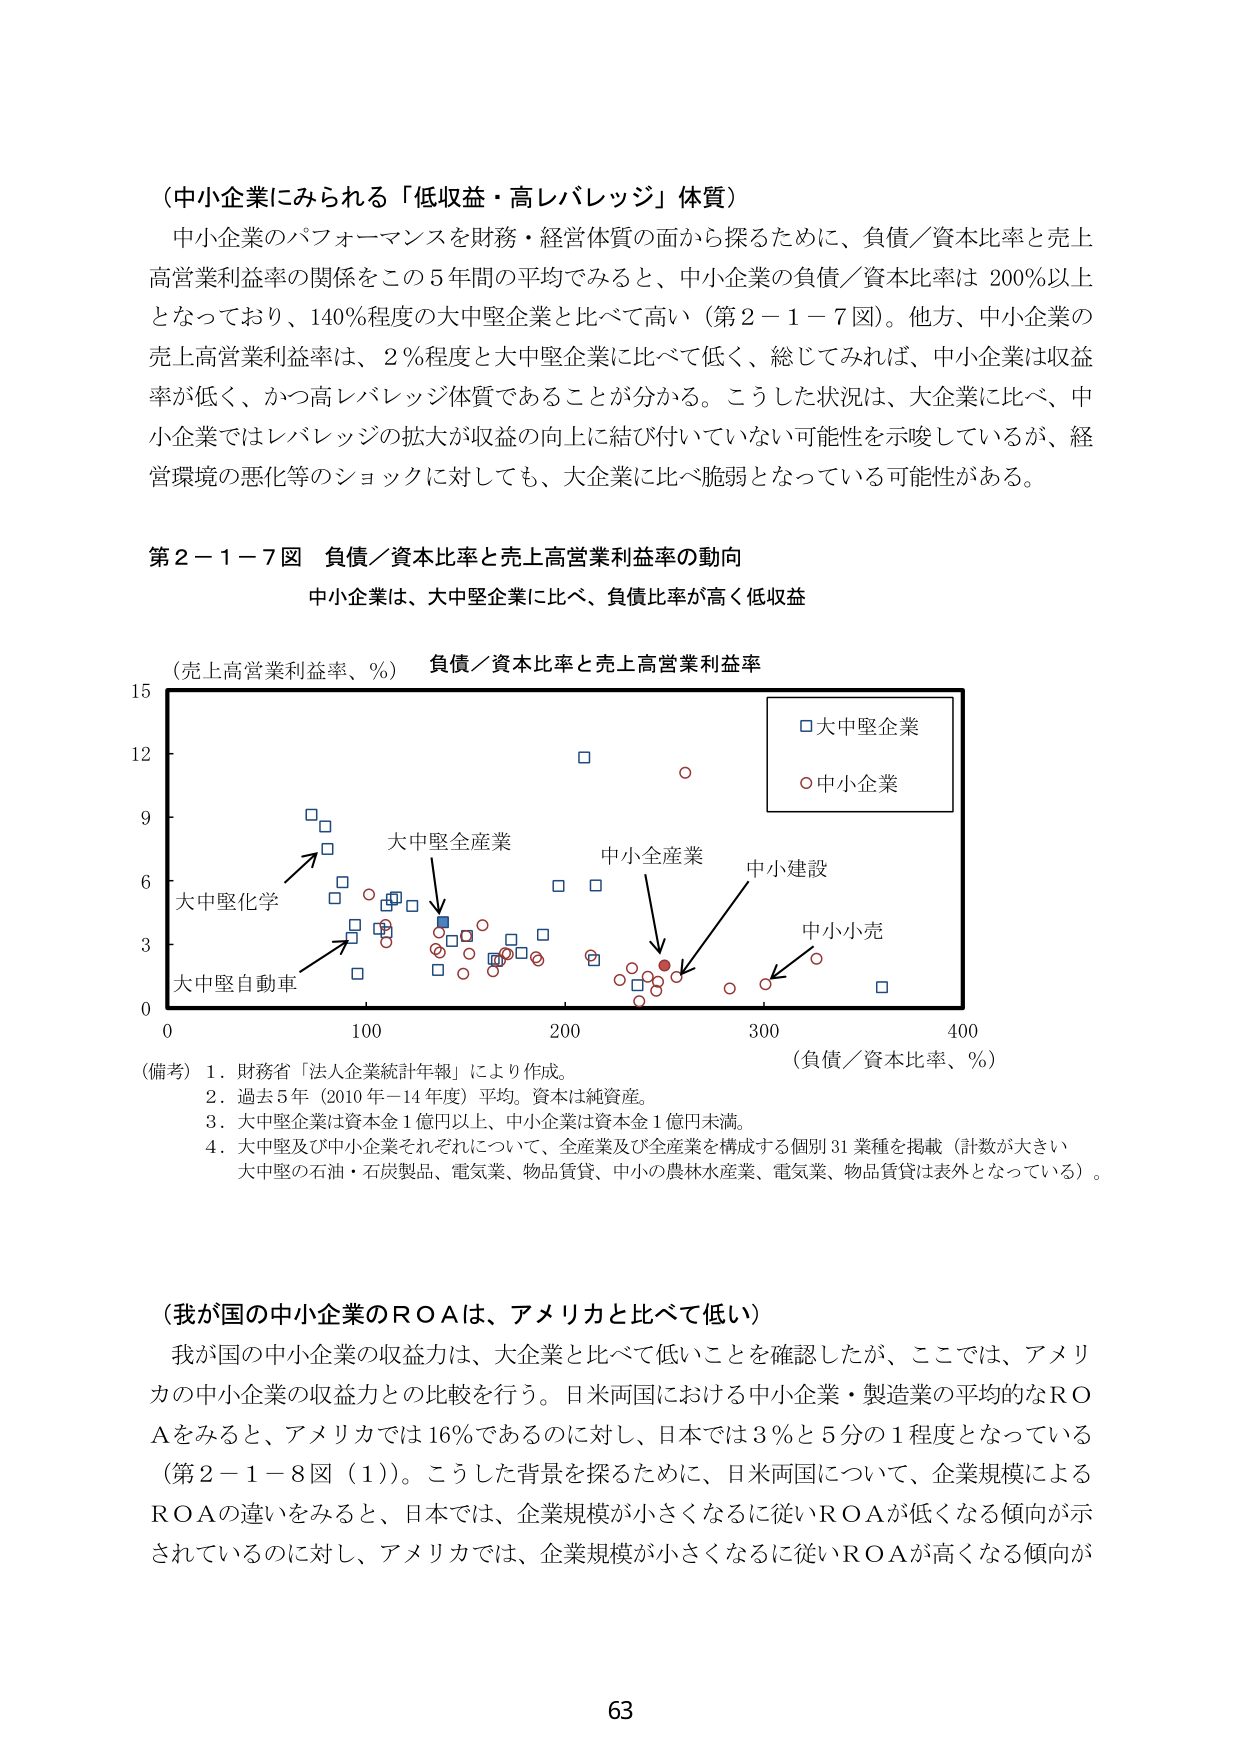
（中小企業にみられる「低収益・高レバレッジ」体質）

中小企業のパフォーマンスを財務・経営体質の面から探るため、負債／資本比率と売上高営業利益率の関係をこの5年間の平均でみると、中小企業の負債／資本比率は200％以上となっており、140％程度の大中堅企業と比べて高い（第2－1－7図）。他方、中小企業の売上高営業利益率は、2％程度と大中堅企業に比べて低く、総じてみれば、中小企業は収益率が低く、かつ高レバレッジ体質であることが分かる。こうした状況は、大企業に比べ、中小企業ではレバレッジの拡大が収益の向上に結び付いていない可能性を示唆しているが、経営環境の悪化等のショックに対しても、大企業に比べ脆弱となっている可能性がある。

第2－1－7図 負債／資本比率と売上高営業利益率の動向

中小企業は、大中堅企業に比べ、負債比率が高く低収益

（売上高営業利益率、％） 負債／資本比率と売上高営業利益率

15
12
9
6
3
0
0 100 200 300 400
（負債／資本比率、％）

□大中堅企業
○中小企業

大中堅全産業
中小全産業
中小建設
中小小売
大中堅化学
大中堅自動車

（備考）1．財務省「法人企業統計年報」により作成。
2．過去5年（2010年－14年度）平均。資本は純資産。
3．大中堅企業は資本金1億円以上、中小企業は資本金1億円未満。
4．大中堅及び中小企業それぞれについて、全産業及び全産業を構成する個別31業種を掲載（計数が大きい大中堅の石油・石炭製品、電気業、物品賃貸、中小の農林水産業、電気業、物品賃貸は表外となっている）。

（我が国の中小企業のROAは、アメリカと比べて低い）

我が国の中小企業の収益力は、大企業と比べて低いことを確認したが、ここでは、アメリカの中小企業の収益力との比較を行う。日米両国における中小企業・製造業の平均的なROAをみると、アメリカでは16％であるのに対し、日本では3％と5分の1程度となっている（第2－1－8図（1））。こうした背景を探るために、日米両国について、企業規模によるROAの違いをみると、日本では、企業規模が小さくなるに従いROAが低くなる傾向が示されているのに対し、アメリカでは、企業規模が小さくなるに従いROAが高くなる傾向が

63